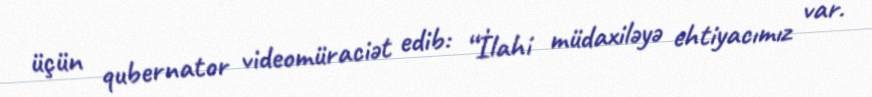
üçün qubernator videomüraciət edib: “İlahi müdaxiləyə ehtiyacımız var.